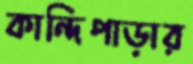
কান্দিপাড়ার